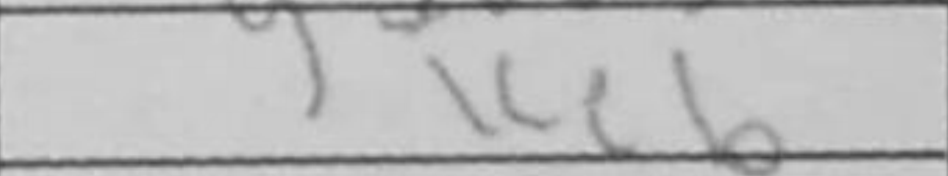
Transcription: Ke6